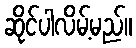
ဆိုင်ပါလိမ့်မည်။